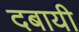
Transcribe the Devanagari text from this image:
दबायी